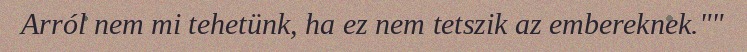
Arról nem mi tehetünk, ha ez nem tetszik az embereknek.""